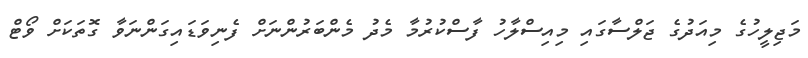
މަޖިލީހުގެ މިއަދުގެ ޖަލްސާގައި މިއިސްލާހު ފާސްކުރުމާ މެދު މެންބަރުންނަށް ފެނިވަޑައިގަންނަވާ ގޮތަކަށް ވޯޓް